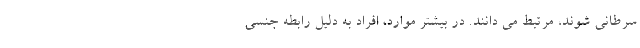
سرطانی شوند، مرتبط می دانند. در بیشتر موارد، افراد به دلیل رابطه جنسی